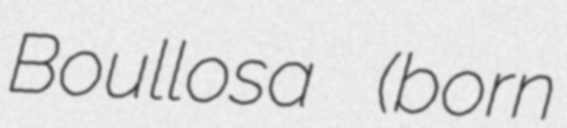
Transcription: Boullosa (born